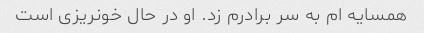
همسایه ام به سر برادرم زد. او در حال خونریزی است